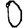
Digit: 0